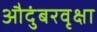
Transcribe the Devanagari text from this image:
औदुंबरवृक्षा